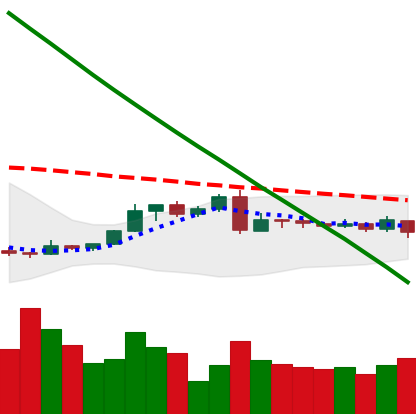
Ticker: XLM-USD
Chart end date: 2019-03-04
Forward return: 7.428%
Label: up_7plus